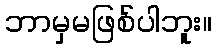
ဘာမှမဖြစ်ပါဘူး။